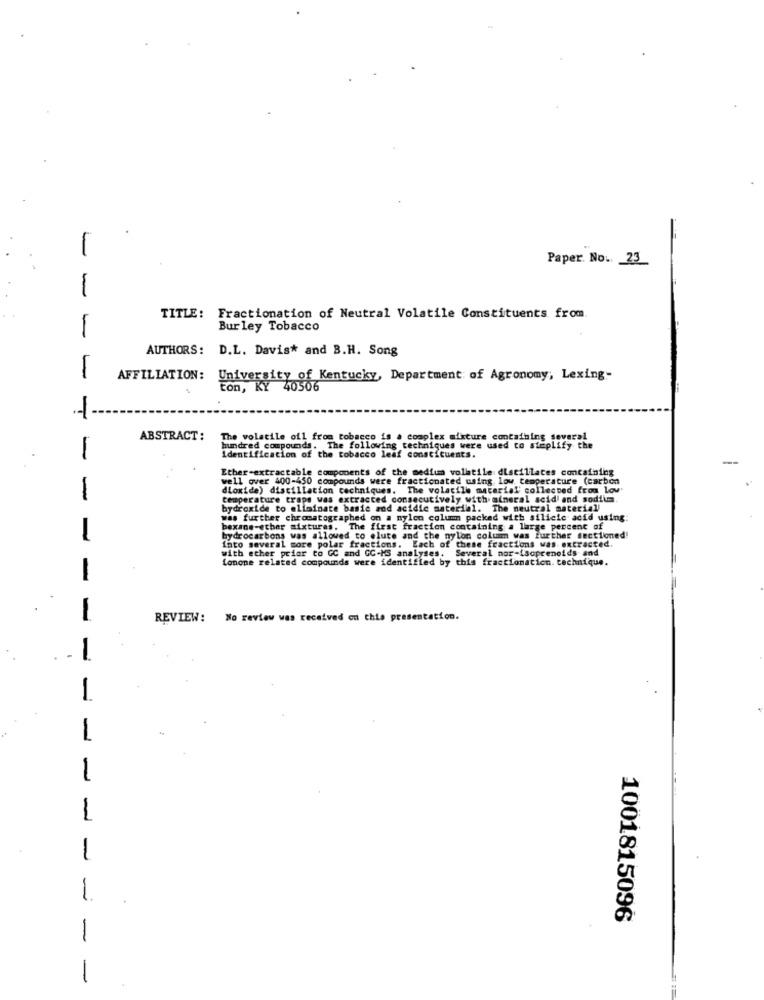
Paper. No. 23
1
TITLE: Fractionation of Neutral Volatile Constituents from.
1
Bur ley Tobacco
AUTHORS: D.L. Davis* and B.H. Song
-
AFFILIATION: University of Kentucky, Department of Agronomy, Lexing-
ton, KY 40506
-
ABSTRACT:
The volatile oil from tobacco is a complex afixture containing several
-
hundred compounds. The following techniques were used to steplify the
Identification of the tobacco leaf constituents.
-=
Ether-extractable components of the medium volltile distillates containing
well over 400-450 compounds were fractionated using low temperature (carbon
dioxide) distillation techniques. The volatile material collected from Lov
-
ture traps was extracted consecutively with mineral acidi and sodiumm.
bydroxide to eliminate basic mod acidic material. The neutral material
was further chromatographed on a mylon column packed with silicle acid using:
bexane-ether mixtures. The first fraction containing a large percent of
-
bydrocarbons was allowed to elute and the nylon colum was further sectioned'
into several more polar fractions. Each of these fractions was extracted.
with ether prior to GC and GC-MS analyses. Several nor-tacprenoids and
Lonone related compounds were identified by this fractionation. technique.
-
-
REVIEW:
No review was received on this presentation.
1
-
1
1
1
1
.
1001815096
1
-